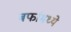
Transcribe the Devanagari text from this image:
बर्फामध्ये